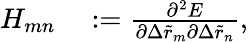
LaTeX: \begin{array}{rl}{H_{mn}}&{{}:=\frac{\partial^{2}E}{\partial\Delta\tilde{r}_{m}\partial\Delta\tilde{r}_{n}},}\end{array}